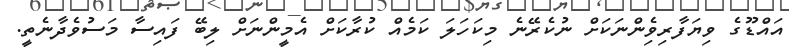
އައްޑޫގެ ވިޔަފާރިވެެިންނަކަށް ނުކެރޭނެ މިކަހަލަ ކަމެއް ކުރާކަށް އެމީންނަށް ލިބޭ ފައިސާ މަސުވެދާނެތީ.